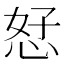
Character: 恏